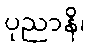
ပုညာနိ၊